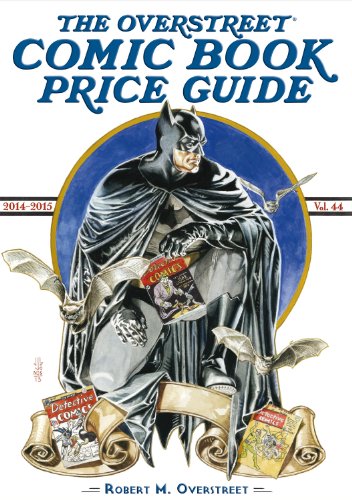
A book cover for Overstreet Comic Book Price Guide #44; Robert M. Overstreet; Comics & Graphic Novels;